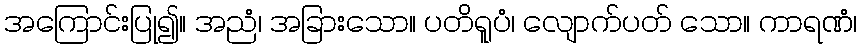
အကြောင်းပြု၍။ အညံ၊ အခြားသော။ ပတိရူပံ၊ လျောက်ပတ် သော။ ကာရဏံ၊